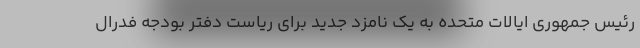
رئیس جمهوری ایالات متحده به یک نامزد جدید برای ریاست دفتر بودجه فدرال